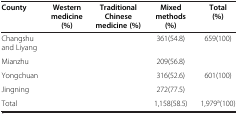
<table><thead><tr><td><b>County</b></td><td><b>Western medicine (%)</b></td><td><b>Traditional Chinese medicine (%)</b></td><td><b>Mixed methods (%)</b></td><td><b>Total (%)</b></td></tr></thead><tbody><tr><td>Changshu and Liyang</td><td>[EMPTY_CELL]</td><td>[EMPTY_CELL]</td><td>361(54.8)</td><td>659(100)</td></tr><tr><td>Mianzhu</td><td>[EMPTY_CELL]</td><td>[EMPTY_CELL]</td><td>209(56.8)</td><td>[EMPTY_CELL]</td></tr><tr><td>Yongchuan</td><td>[EMPTY_CELL]</td><td>[EMPTY_CELL]</td><td>316(52.6)</td><td>601(100)</td></tr><tr><td>Jingning</td><td>[EMPTY_CELL]</td><td>[EMPTY_CELL]</td><td>272(77.5)</td><td>[EMPTY_CELL]</td></tr><tr><td>Total</td><td>[EMPTY_CELL]</td><td>[EMPTY_CELL]</td><td>1,158(58.5)</td><td>1,979<sup>a</sup>(100)</td></tr></tbody></table>